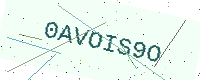
Text: 0AVOIS9O